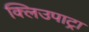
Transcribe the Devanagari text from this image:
क्लिउपाट्रा